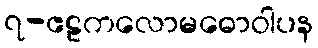
၇-ဧဠကလောမဓောဝါပန